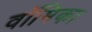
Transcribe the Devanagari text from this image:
वॉमिका